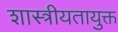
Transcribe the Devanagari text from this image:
शास्त्रीयतायुक्त